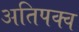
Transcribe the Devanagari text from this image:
अतिपक्व